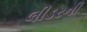
લીડરની